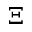
\Xi